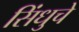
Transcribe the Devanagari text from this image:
सिंधुचे